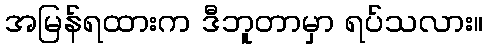
အမြန်ရထားက ဒီဘူတာမှာ ရပ်သလား။